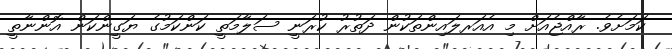
ކަމަށެވެ. ރާއްޖެއަށް މި އެއަރލައިންތަކުން ދަތުރު ކުރަނީ ސަލާމަތީ ކަންކަމުގެ ޔަގީންކަން އޮންނާތީ